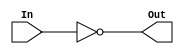
`timescale 1ns / 1ps

(* DONT_TOUCH = "true" *)
module inverter(In, Out);
    input In;
    output Out;
    /*integer delay1, delay2, delay3, delay4;
    wire in, out;

    initial begin
        delay1 = {$random}%5;
        delay2 = {$random}%5;
        delay3 = {$random}%5;
        delay4 = {$random}%5;
    end*/
    
    //assign out = ~ in;
    //buf #(delay1,delay2) (in, In);
    //buf #(delay3, delay4) (Out, out);
    not (Out, In);
    
endmodule